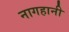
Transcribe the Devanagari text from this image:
नागहानी